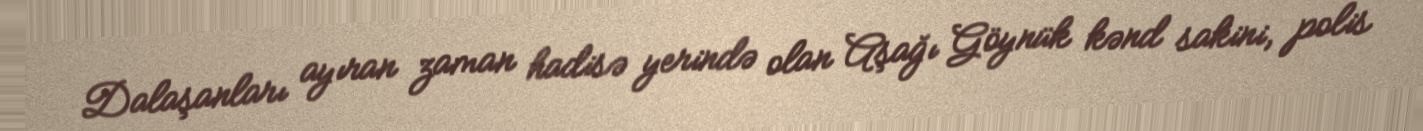
Dalaşanları ayıran zaman hadisə yerində olan Aşağı Göynük kənd sakini, polis